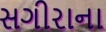
સગીરાના